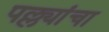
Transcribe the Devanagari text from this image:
पल्ल्यांचा